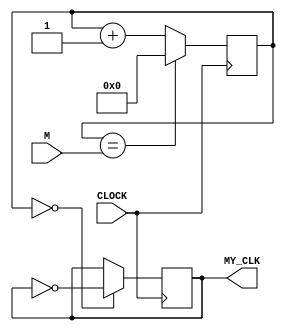
`timescale 1ns / 1ps

module clk_divider(input CLOCK, input [31:0] M, output reg MY_CLK = 0);

    reg [31:0] COUNTER = 0;
    
    always @ (posedge CLOCK)
    begin
    COUNTER <= (COUNTER == M) ? 0 : COUNTER + 1;
    MY_CLK <= (COUNTER == 0) ? ~MY_CLK : MY_CLK; 
    end 

endmodule